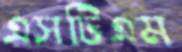
এসটিএম